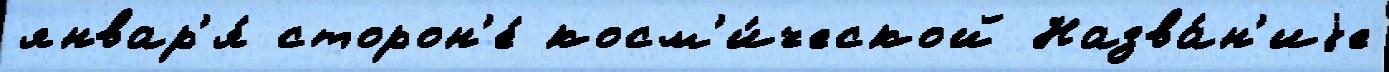
январ'я́ сторон'е́ косм'и́ческой Назва́н'иjе